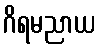
ဂိရမညာယ